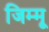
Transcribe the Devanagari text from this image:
जिम्मू